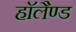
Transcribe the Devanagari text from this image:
हाॅलैण्ड